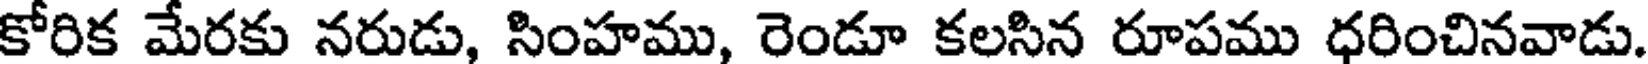
కోరిక మేరకు నరుడు, సింహము, రెండూ కలసిన రూపము ధరించినవాడు.